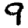
Digit: 9